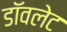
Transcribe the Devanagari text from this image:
डॉवलेट